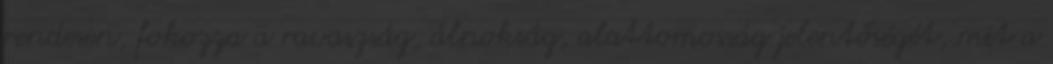
rendesen, fokozza a ravaszság, álnokság, alattomosság jelentőségét, mit a